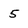
Character: 5